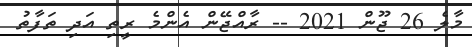
މާލެ 26 ޖޫން 2021 -- ރާއްޖޭން އެންމެ ރީތި އަދި ތަފާތު